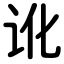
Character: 讹